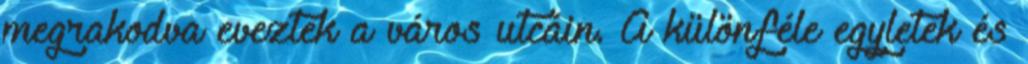
megrakodva eveztek a város utcáin. A különféle egyletek és